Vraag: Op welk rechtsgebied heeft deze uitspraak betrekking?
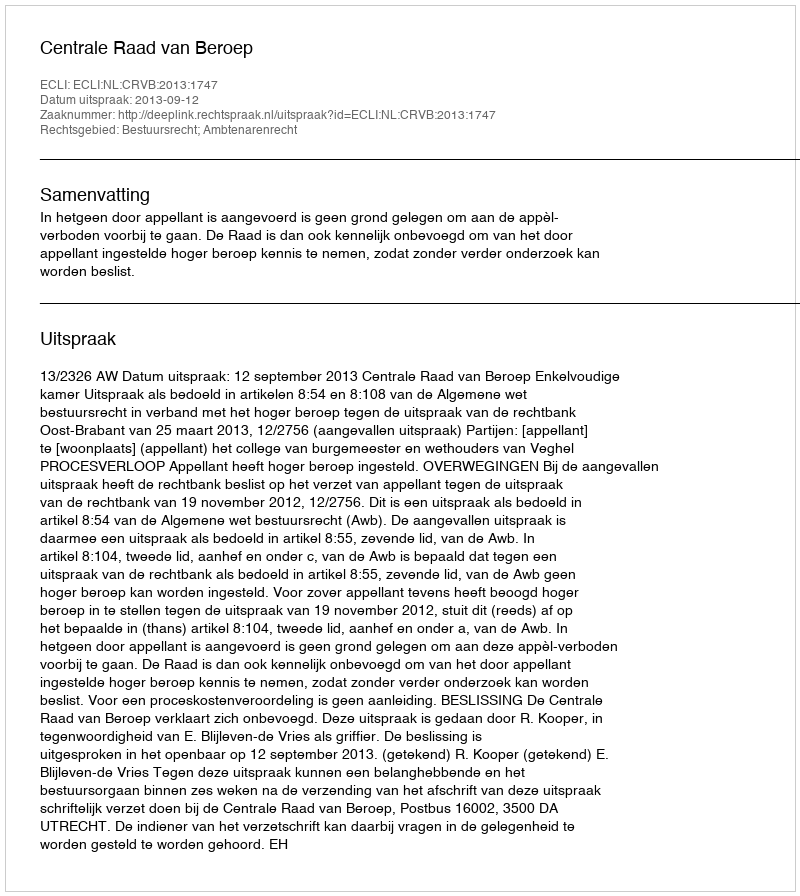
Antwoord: Bestuursrecht; Ambtenarenrecht